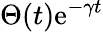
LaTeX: \Theta(t)\mathrm{e}^{-\gamma t}